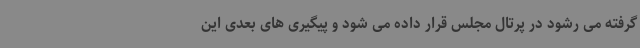
گرفته می رشود در پرتال مجلس قرار داده می شود و پیگیری های بعدی این